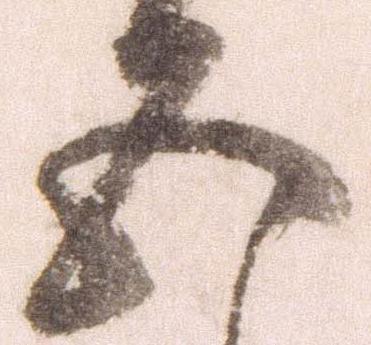
五